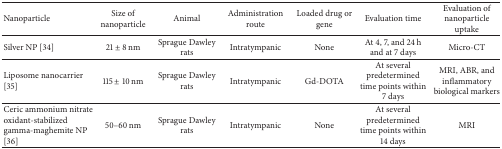
| Nanoparticle | Size of nanoparticle | Animal | Administration route | Loaded drug or gene | Evaluation time | Evaluation of nanoparticle uptake |
 | --- | --- | --- | --- | --- | --- | --- |
 | Silver NP [34] | 21 ± 8 nm | Sprague Dawley rats | Intratympanic | None | At 4, 7, and 24 h and at 7 days | Micro-CT |
 | Liposome nanocarrier [35] | 115 ± 10 nm | Sprague Dawley rats | Intratympanic | Gd-DOTA | At several predetermined time points within 7 days | MRI, ABR, and inflammatory biological markers |
 | Ceric ammonium nitrate oxidant-stabilized gamma-maghemite NP [36] | 50–60 nm | Sprague Dawley rats | Intratympanic | None | At several predetermined time points within 14 days | MRI |